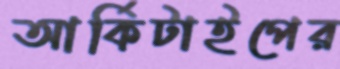
আর্কিটাইপের